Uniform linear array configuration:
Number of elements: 4
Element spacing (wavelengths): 0.75
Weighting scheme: hamming
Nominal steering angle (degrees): -60
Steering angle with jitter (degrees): -61.073
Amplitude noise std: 0.05
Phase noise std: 0.05

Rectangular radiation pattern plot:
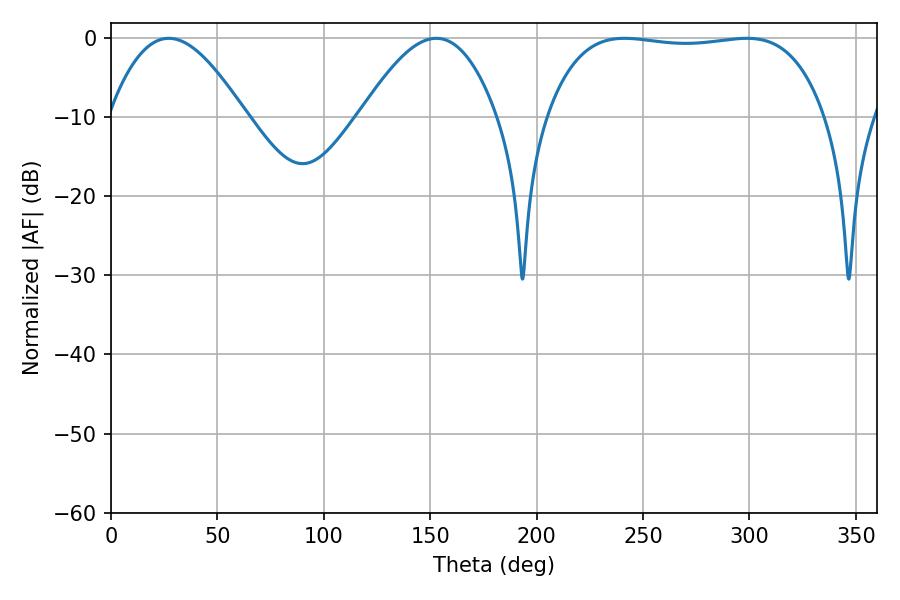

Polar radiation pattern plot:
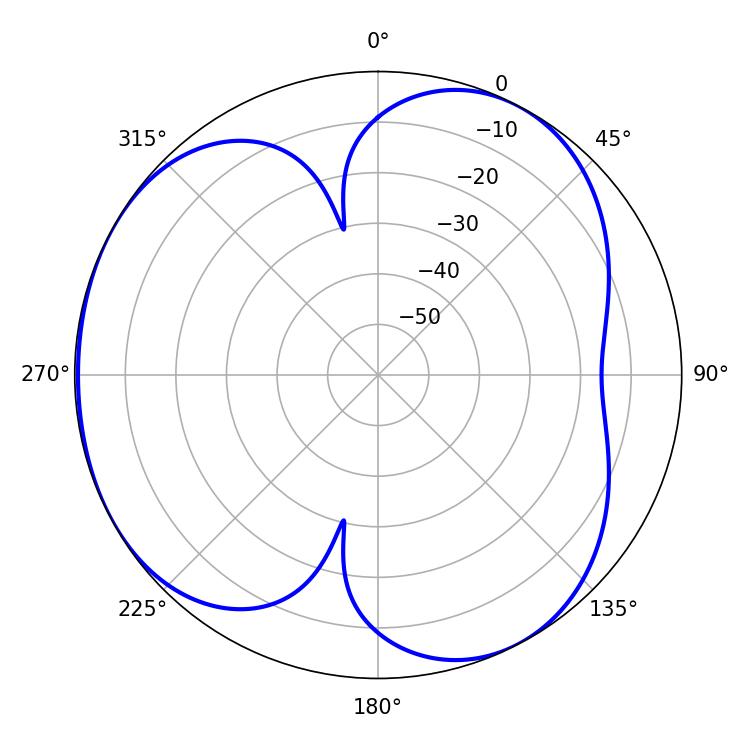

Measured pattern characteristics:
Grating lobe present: TRUE
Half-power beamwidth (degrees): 34.74
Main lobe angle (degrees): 27.18